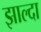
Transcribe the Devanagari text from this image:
झाल्दा